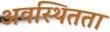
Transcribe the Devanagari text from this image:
अवस्थितता